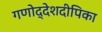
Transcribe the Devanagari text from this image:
गणोद्देशदीपिका